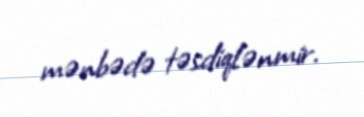
mənbədə təsdiqlənmir.